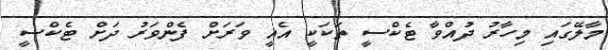
މާލޭގައި މިހާރު ދުއްވާ ޓެކްސީ ތަކަކީ އެއީ ވަރަށް ފެންވަރު ދަށް ޓެކްސީ